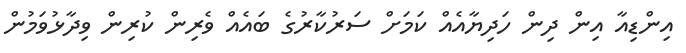
އިންޑިއާ އިން ދިން ހަދިޔާއެއް ކަމަށް ސަރުކާރުގެ ބައެއް ވެރިން ކުރިން ވިދާޅުވަމުން